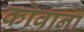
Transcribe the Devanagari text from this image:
कोवाना